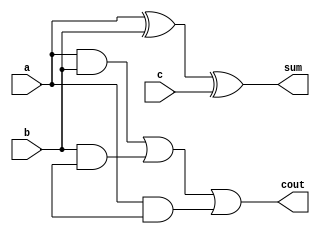
module full_adder (a, b, c, sum, cout);

input a, b, c;
output  sum; 
output  cout;

assign sum = a^b^c;
assign cout = a&b | b&cin | a&cin;

endmodule